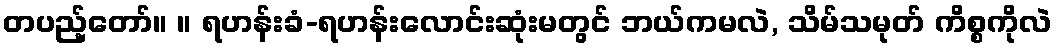
တပည့်တော်။ ။ ရဟန်းခံ-ရဟန်းလောင်းဆုံးမတွင် ဘယ်ကမလဲ, သိမ်သမုတ် ကိစ္စကိုလဲ